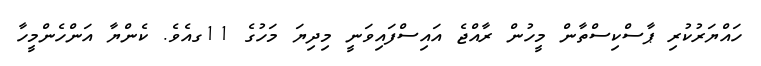
ހައްޔަރުކުރި ޕާސްކިސްތާން މީހުން ރާއްޖެ އައިސްފައިވަނީ މިދިޔަ މަހުގެ 11ގއެވެ. ކެންޔާ އަންހެންމީހާ